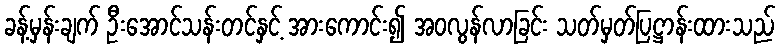
ခန့်မှန်းချက် ဦးအောင်သန်းတင်နှင့် အားကောင်း၍ အဝလွန်လာခြင်း သတ်မှတ်ပြဋ္ဌာန်းထားသည်